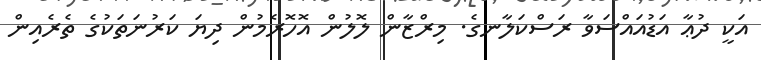
އަކީ ދުޢާ އަޑުއައްސަވާ ރަސްކަލާނގެ. މިރްޒާން ލޮލުން އޮހޮރެމުން ދިޔަ ކަރުނަތަކުގެ ތެރެއިން